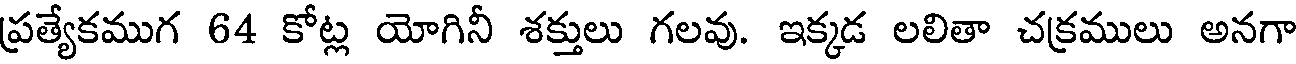
ప్రత్యేకముగ 64 కోట్ల యోగినీ శక్తులు గలవు. ఇక్కడ లలితా చక్రములు అనగా